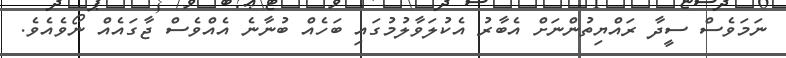
ނަމަވެސް ސީދާ ރައްޔިތުންނަށް އެބާރު އެކުލަވާލުމުގައި ބަހެއް ބުނާނެ އެއްވެސް ޖާގައެއް ނޯވެއެވެ.